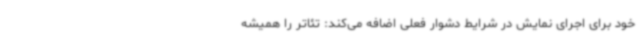
خود برای اجرای نمایش در شرایط دشوار فعلی اضافه می‌کند: تئاتر را همیشه